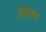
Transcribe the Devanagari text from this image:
दिलाय